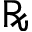
\textrecipe